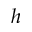
h